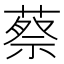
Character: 蔡